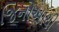
જિનોઆથી